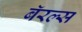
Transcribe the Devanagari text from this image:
बॅरल्स